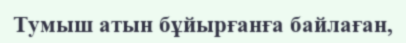
Тумыш атын бұйырғанға байлаған,